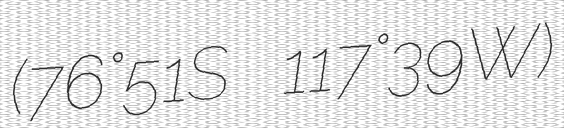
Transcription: (76°51′S 117°39′W)